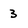
Character: 3